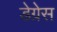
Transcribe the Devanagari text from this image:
डेग्रेस